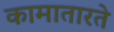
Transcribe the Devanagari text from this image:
कामातारते